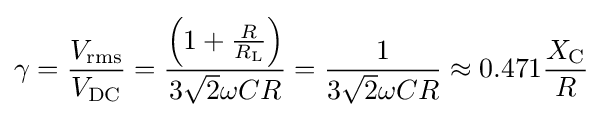
\gamma ={\frac {V_{\mathrm {rms} }}{V_{\mathrm {DC} }}}={\frac {\left(1+{\frac {R}{R_{\mathrm {L} }}}\right)}{3{\sqrt {2}}\omega CR}}={\frac {1}{3{\sqrt {2}}\omega CR}}\approx 0.471{\frac {X_{\mathrm {C} }}{R}}